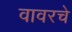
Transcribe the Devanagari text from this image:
वावरचे